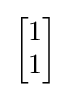
{\begin{bmatrix}1\\1\end{bmatrix}}